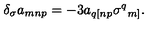
\delta _ { \sigma } a _ { m n p } = - 3 a _ { q [ n p } \sigma ^ { q } { } _ { m ] } .